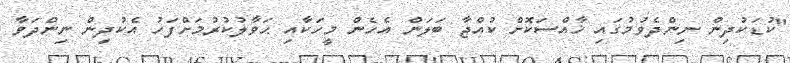
"ކުޑަކުދިން ނިންދެވުމުގައި ޚާއްސަކޮށް ކުއްޖާ ބަލަން އެހެން މީހަކާއި ޙަވާލުކުރުމަށްފަހު އެކުދިން ނިންދަވާ